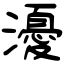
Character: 瀀